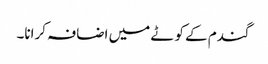
گندم کے کوٹے میں اضافہ کرانا۔